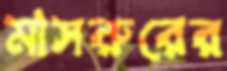
মাসরুরের